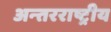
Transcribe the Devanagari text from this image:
अन्‍तरराष्ट्रीय